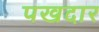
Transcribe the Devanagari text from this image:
पखदार